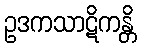
ဥဒကသာဋိကန္တိ